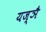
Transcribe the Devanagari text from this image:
यज्ञै